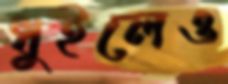
ধুইলেও